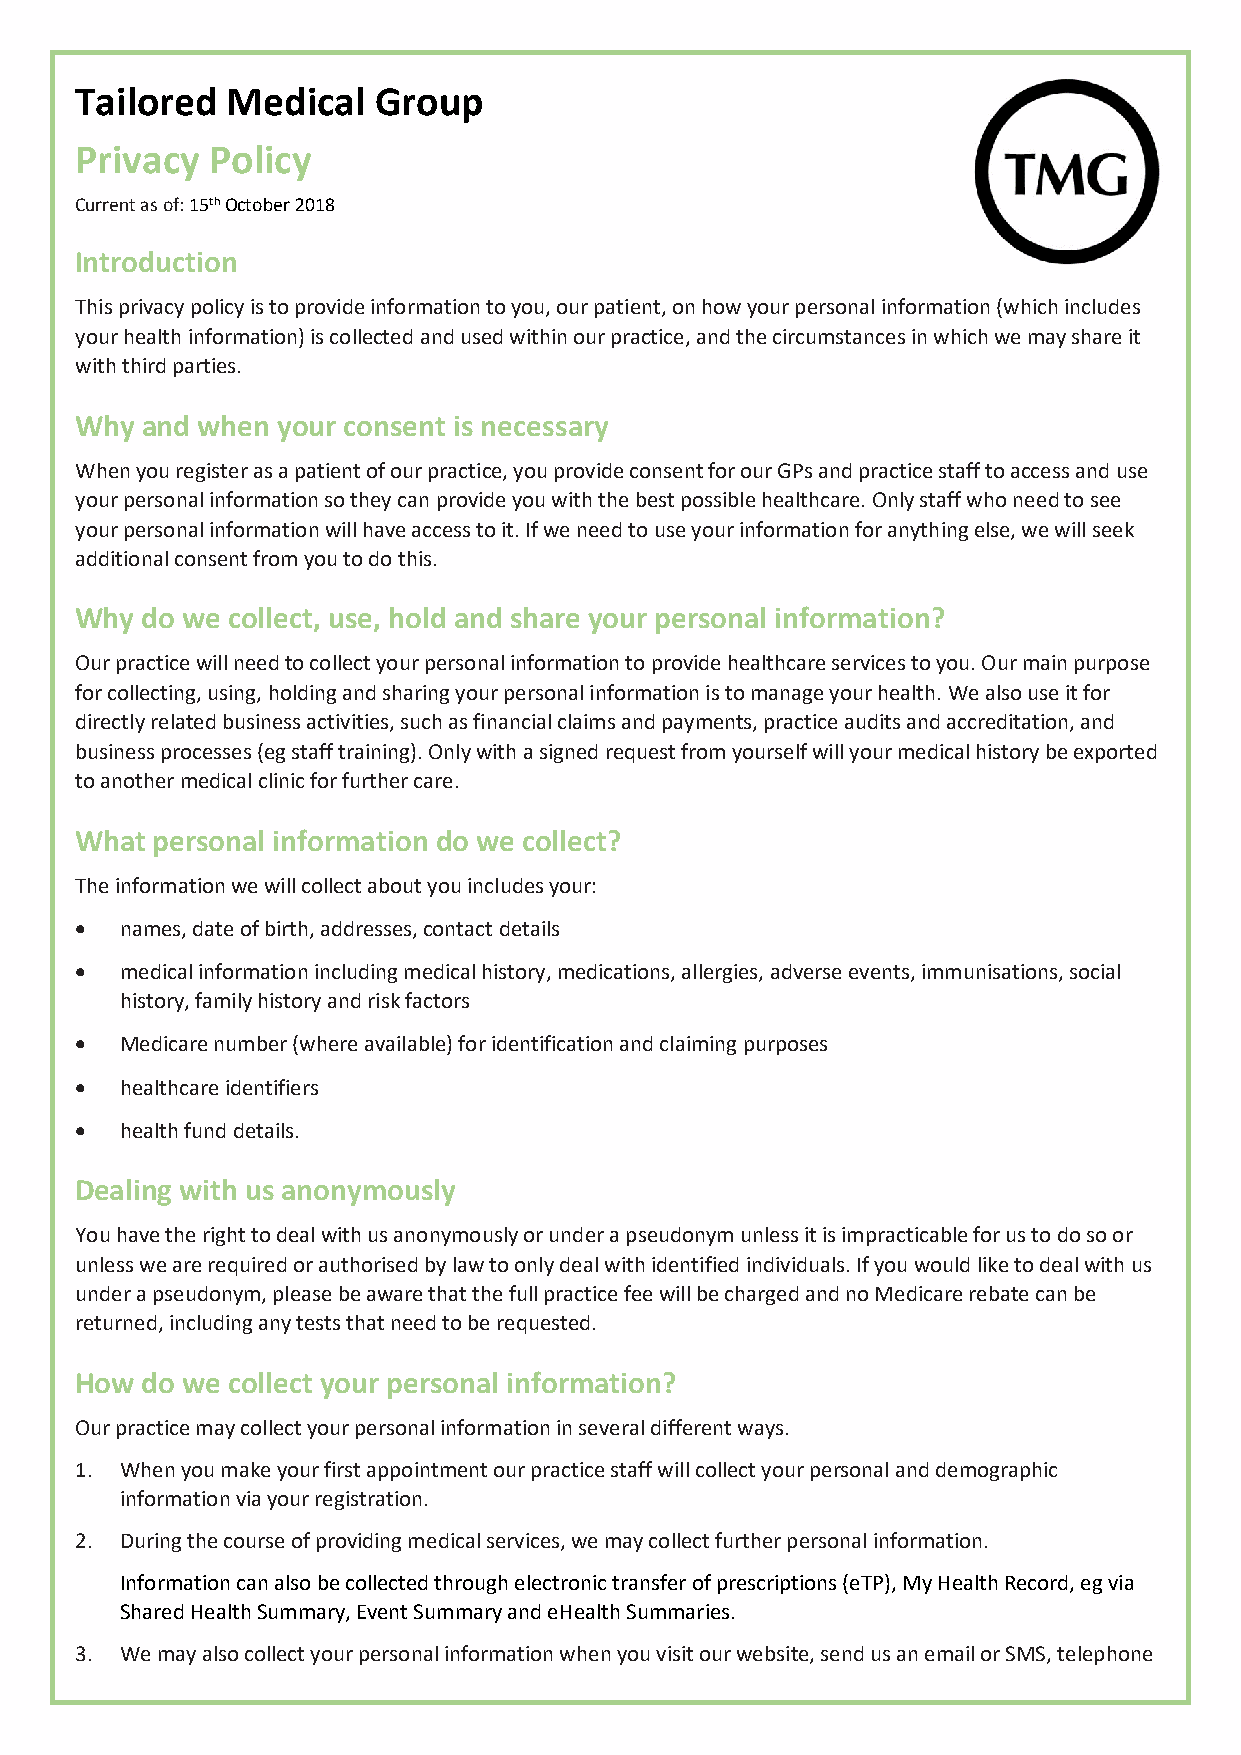
Tailored  Medical   Group
 Privacy  Policy
 Current as of: 15th October 2018
 Introduction
 This privacy policy is to provide information to you, our patient, on how your personal information (which includes
 your health information) is collected and used within our practice, and the circumstances in which we may share it
 with third parties.
 Why and when your consent is necessary
 When you register as a patient of our practice, you provide consent for our GPs and practice staff to access and use
 your personal information so they can provide you with the best possible healthcare. Only staff who need to see
 your personal information will have access to it. If we need to use your information for anything else, we will seek
 additional consent from you to do this.
 Why do we collect, use, hold and share your personal information?
 Our practice will need to collect your personal information to provide healthcare services to you. Our main purpose
 for collecting, using, holding and sharing your personal information is to manage your health. We also use it for
 directly related business activities, such as financial claims and payments, practice audits and accreditation, and
 business processes (eg staff training). Only with a signed request from yourself will your medical history be exported
 to another medical clinic for further care.
 What personal information do we collect?
 The information we will collect about you includes your:
 •  names, date of birth, addresses, contact details
 •  medical information including medical history, medications, allergies, adverse events, immunisations, social
 history, family history and risk factors
 •  Medicare number (where available) for identification and claiming purposes
 •  healthcare identifiers
 •  health fund details.
 Dealing with us anonymously
 You have the right to deal with us anonymously or under a pseudonym unless it is impracticable for us to do so or
 unless we are required or authorised by law to only deal with identified individuals. If you would like to deal with us
 under a pseudonym, please be aware that the full practice fee will be charged and no Medicare rebate can be
 returned, including any tests that need to be requested.
 How do we collect your personal information?
 Our practice may collect your personal information in several different ways.
 1. When you make your first appointment our practice staff will collect your personal and demographic
 information via your registration.
 2. During the course of providing medical services, we may collect further personal information.
 Information can also be collected through electronic transfer of prescriptions (eTP), My Health Record, eg via
 Shared Health Summary, Event Summary and eHealth Summaries.
 3. We may also collect your personal information when you visit our website, send us an email or SMS, telephone